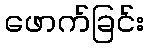
ဖောက်ခြင်း